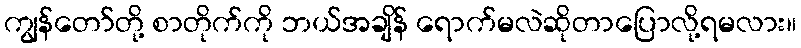
ကျွန်တော်တို့ စာတိုက်ကို ဘယ်အချိန် ရောက်မလဲဆိုတာပြောလို့ရမလား။